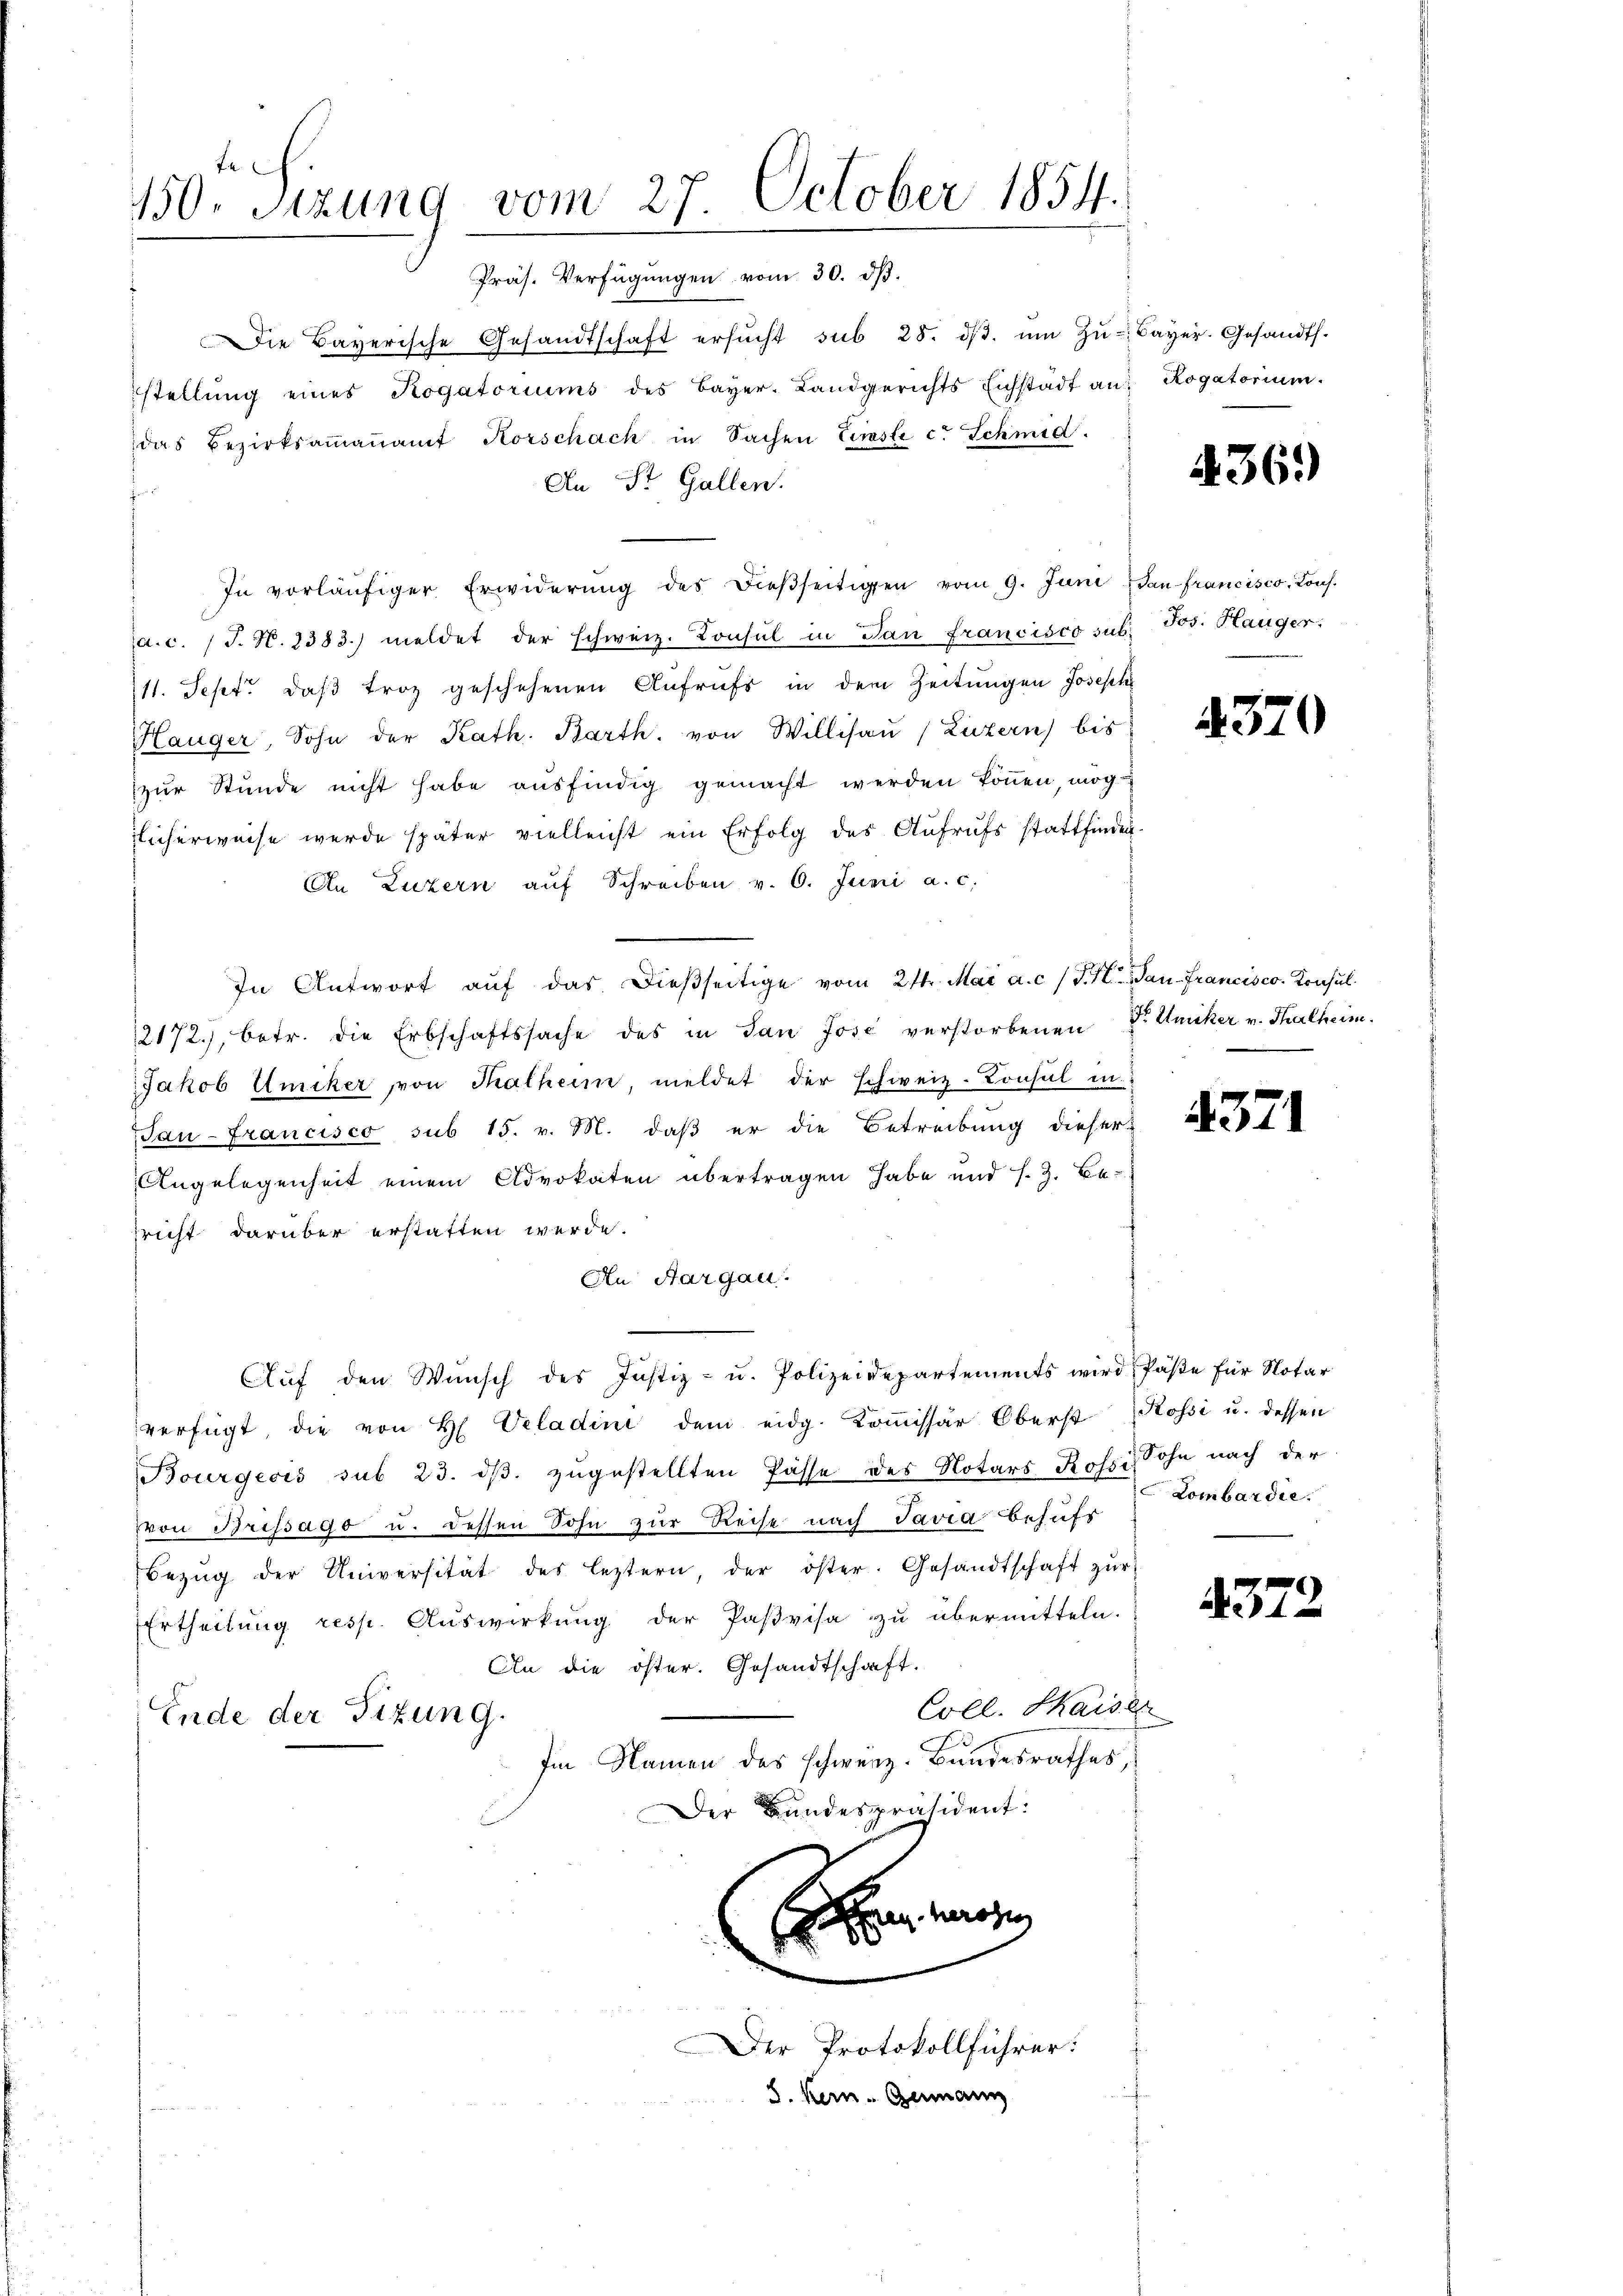
te
150. Sitzung vom 27. October 1854.
Präs. Verfügungen vom 30. dβ.

Die Bayerische Gesandtschaft ersŭcht sub 28. dβ. ŭm Zŭ- Bayer. Gesandts.
stellŭng eines Rogatoriums des Bayer. Landgerichts Eichstadt an Rogatorium.
das Bezirksaṁaṅamt Horschach in Sachen Einsti c. Schmid.
An St. Gallen.
i
In vorläŭfiger Erwiderŭng des Bieβseitigen vom 9. Juni dan francisco, Kons.
a.c. (T. N. 1383. meldet der schweiz. Konsul in Dan Francisco sub. Jos. Hanger.
111. Sept. daß troz geschehenen Aufrufs in dem Zeitungen Joseph
Hauger, Sohn der Kath. Barth. von Willisaŭ (Luzern bis
zŭr Stunde nicht habe ausfindig gemacht werden können, möglicherweise werde später vielleicht ein Erfolg des Aufrufs stattfinden.
An Luzern auf Schreiben v. 6. Juni a. c.
In Antwort aŭf das dieβseitige vom 21. Mai a. c. J. M. Jan-Francisco. Konsul
2172), betr. die Erbschaftssache des in San Jose verstorbenen Dr. Amiker v. Thalheim.
Jakob Umiker von Thalheim meldet der schweiz. Konsul in
San-Francisco sub 15. v. M. daβ er die Betreibung dieser
Angelegenheit einem Advokaten übertragen habe und s. Z. Ber
sricht darüber erstatten werde.
An Aargau.
Aŭf den Wŭnsch des Justiz- u. Polizeidepartements wird, Paβe für Notar
verfügt, die von H. Veladini dem eidg. Koṁissär Oberst Rossi u. dessen
Bourgeois sub 23. dβ zŭgestellten Pässe des Notars Rossi, Sohn nach der
von Brissago u. dessen Sohn zur Reise nach Javia behufs
Bezŭg der Universität des leztern, der öster. Gesandtschaft zŭr
Ertheilung resp. Auswirkung der Paßvisa zu übermitteln.
An die öster. Gesandtschaft.
Coll. Kaisen
Ende der Situng.
Im Namen des schweiz. Bundesrathes
Der Bundespräsident:
¬

.

Der Protokollführer:
Kein Germann

4369

4370

Lombardie

4372